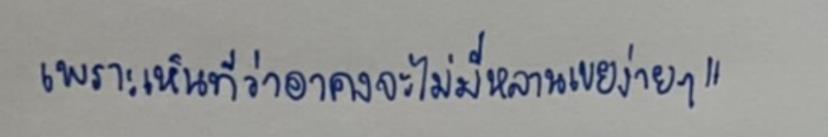
เพราะเห็นทีว่าอาคงจะไม่มีหลานเขยง่ายๆ"